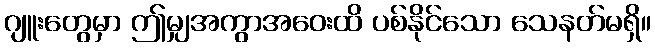
ဂျူးတွေမှာ ဤမျှအကွာအဝေးထိ ပစ်နိုင်သော သေနတ်မရှိ။